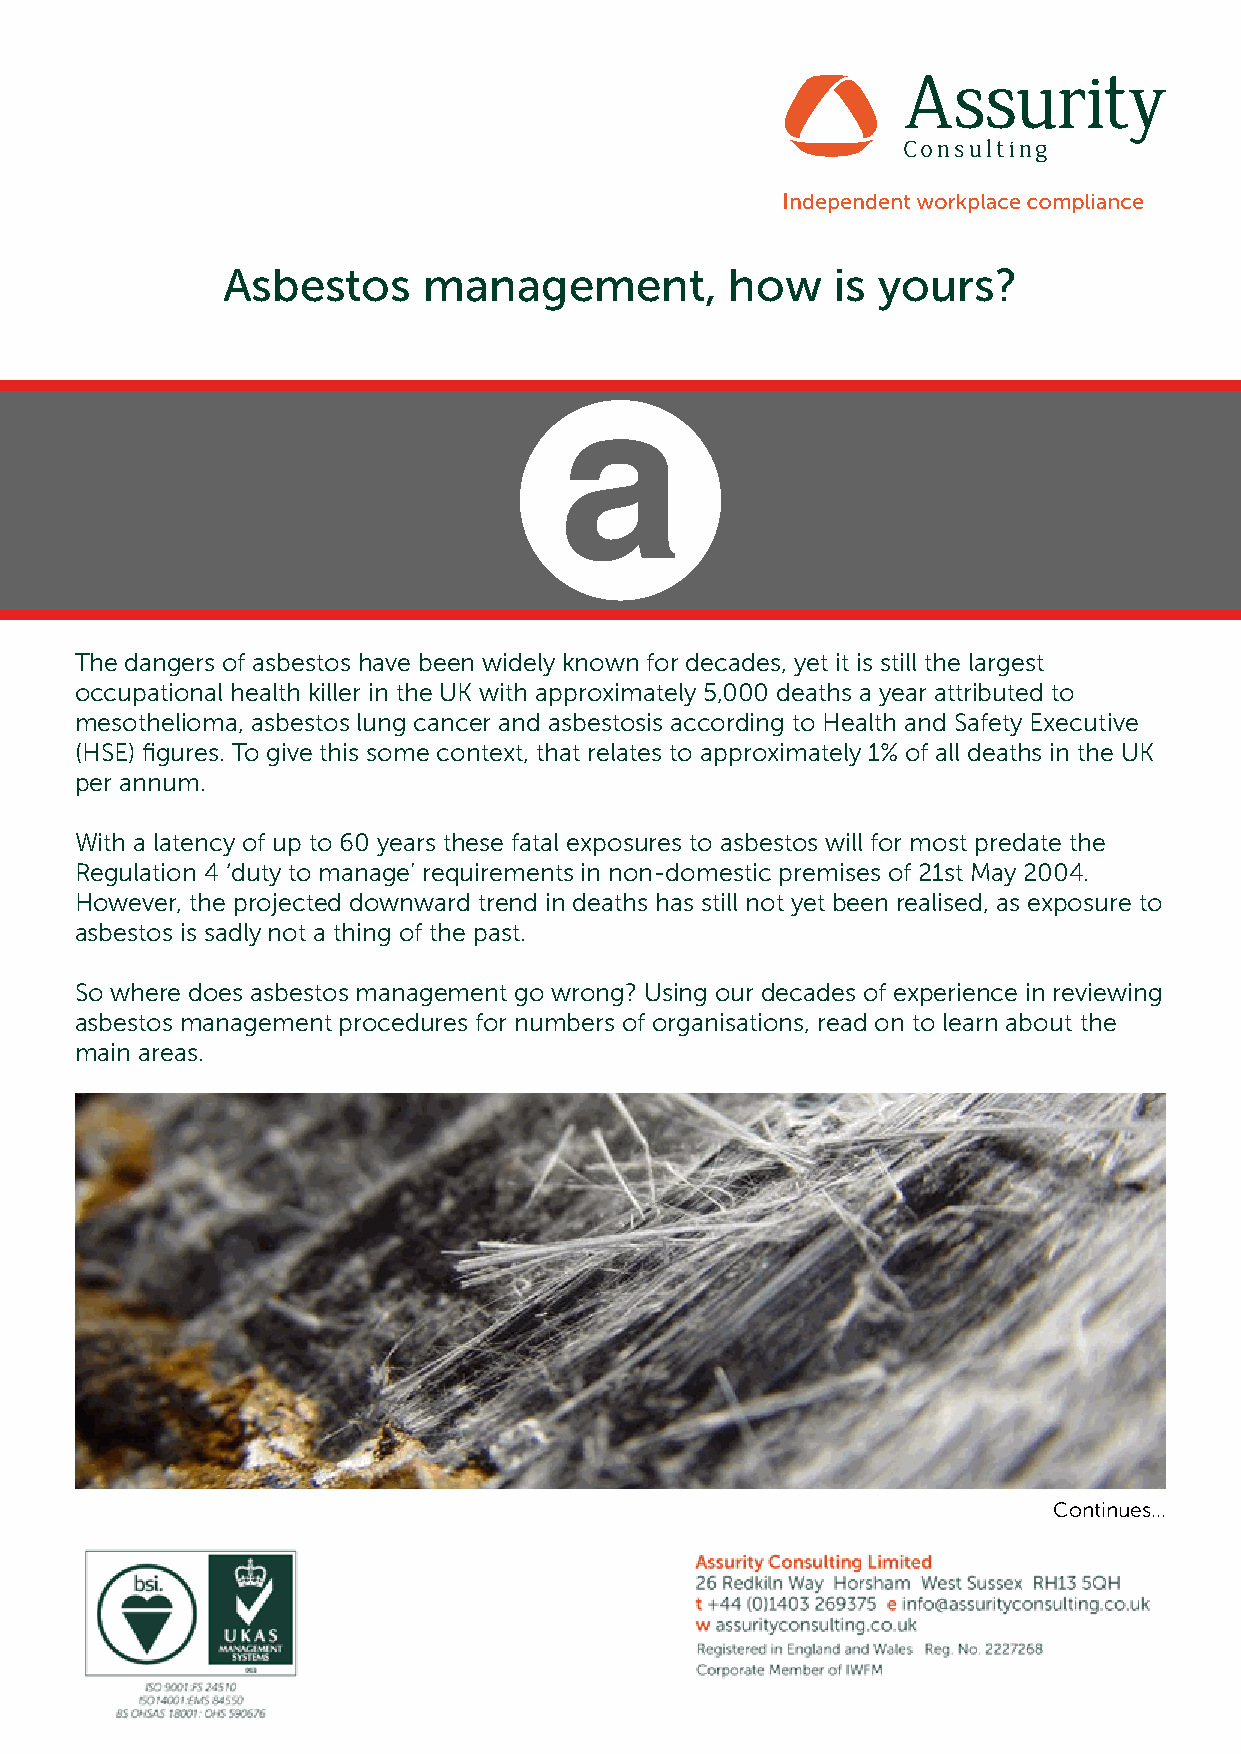
Asbestos     management,         how    is yours?
 The dangers of asbestos have been widely known for decades, yet it is still the largest
 occupational health killer in the UK with approximately 5,000 deaths a year attributed to
 mesothelioma, asbestos lung cancer and asbestosis according to Health and Safety Executive
 (HSE) figures. To give this some context, that relates to approximately 1% of all deaths in the UK
 per annum.
 With a latency of up to 60 years these fatal exposures to asbestos will for most predate the
 Regulation 4 ‘duty to manage’ requirements in non-domestic premises of 21st May 2004.
 However, the projected downward trend in deaths has still not yet been realised, as exposure to
 asbestos is sadly not a thing of the past.
 So where does asbestos management go wrong? Using our decades of experience in reviewing
 asbestos management procedures for numbers of organisations, read on to learn about the
 main areas.
 Continues...